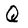
Character: Q